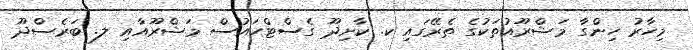
މިހާރު ހިންގާ މަޝްރޫއުތަކުގެ ތެރޭގައި ކ. ކާށިދޫ ގެސްޓްހައުސް މަޝްރޫއާއި ލ. ބަރެސްދޫ